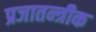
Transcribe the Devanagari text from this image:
प्रजातन्त्रीक